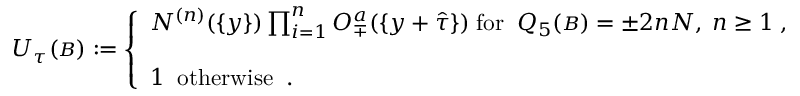
{ \cal U } _ { \tau } ( { \scriptstyle { \cal B } } ) : = \left\{ \begin{array} { l } { { { \cal N } ^ { ( n ) } ( \{ y \} ) \prod _ { i = 1 } ^ { n } { \cal O } _ { \mp } ^ { a } ( \{ y + \hat { \tau } \} ) \; \mathrm { f o r } \; \; Q _ { 5 } ( { \scriptstyle { \cal B } } ) = \pm 2 n N , \; n \geq 1 \; , } } \\ { { \; } } \\ { { 1 \; \; \mathrm { o t h e r w i s e } \; \; . } } \end{array} \right.